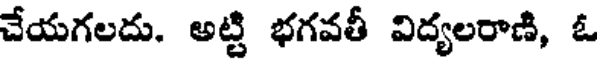
చేయగలదు. అట్టి భగవతీ విద్యలరాణి, ఓ